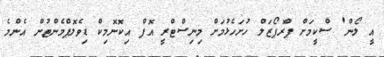
އީ ލޯން' ސްކީމަށް ޕްރޮޕޯޒަލް ހުށަހެޅުމަށް މިނިސްޓްރީ އޮފް އިކޮނޮމިކް ޑިވެލޮޕްމެންޓުން އެންމެ